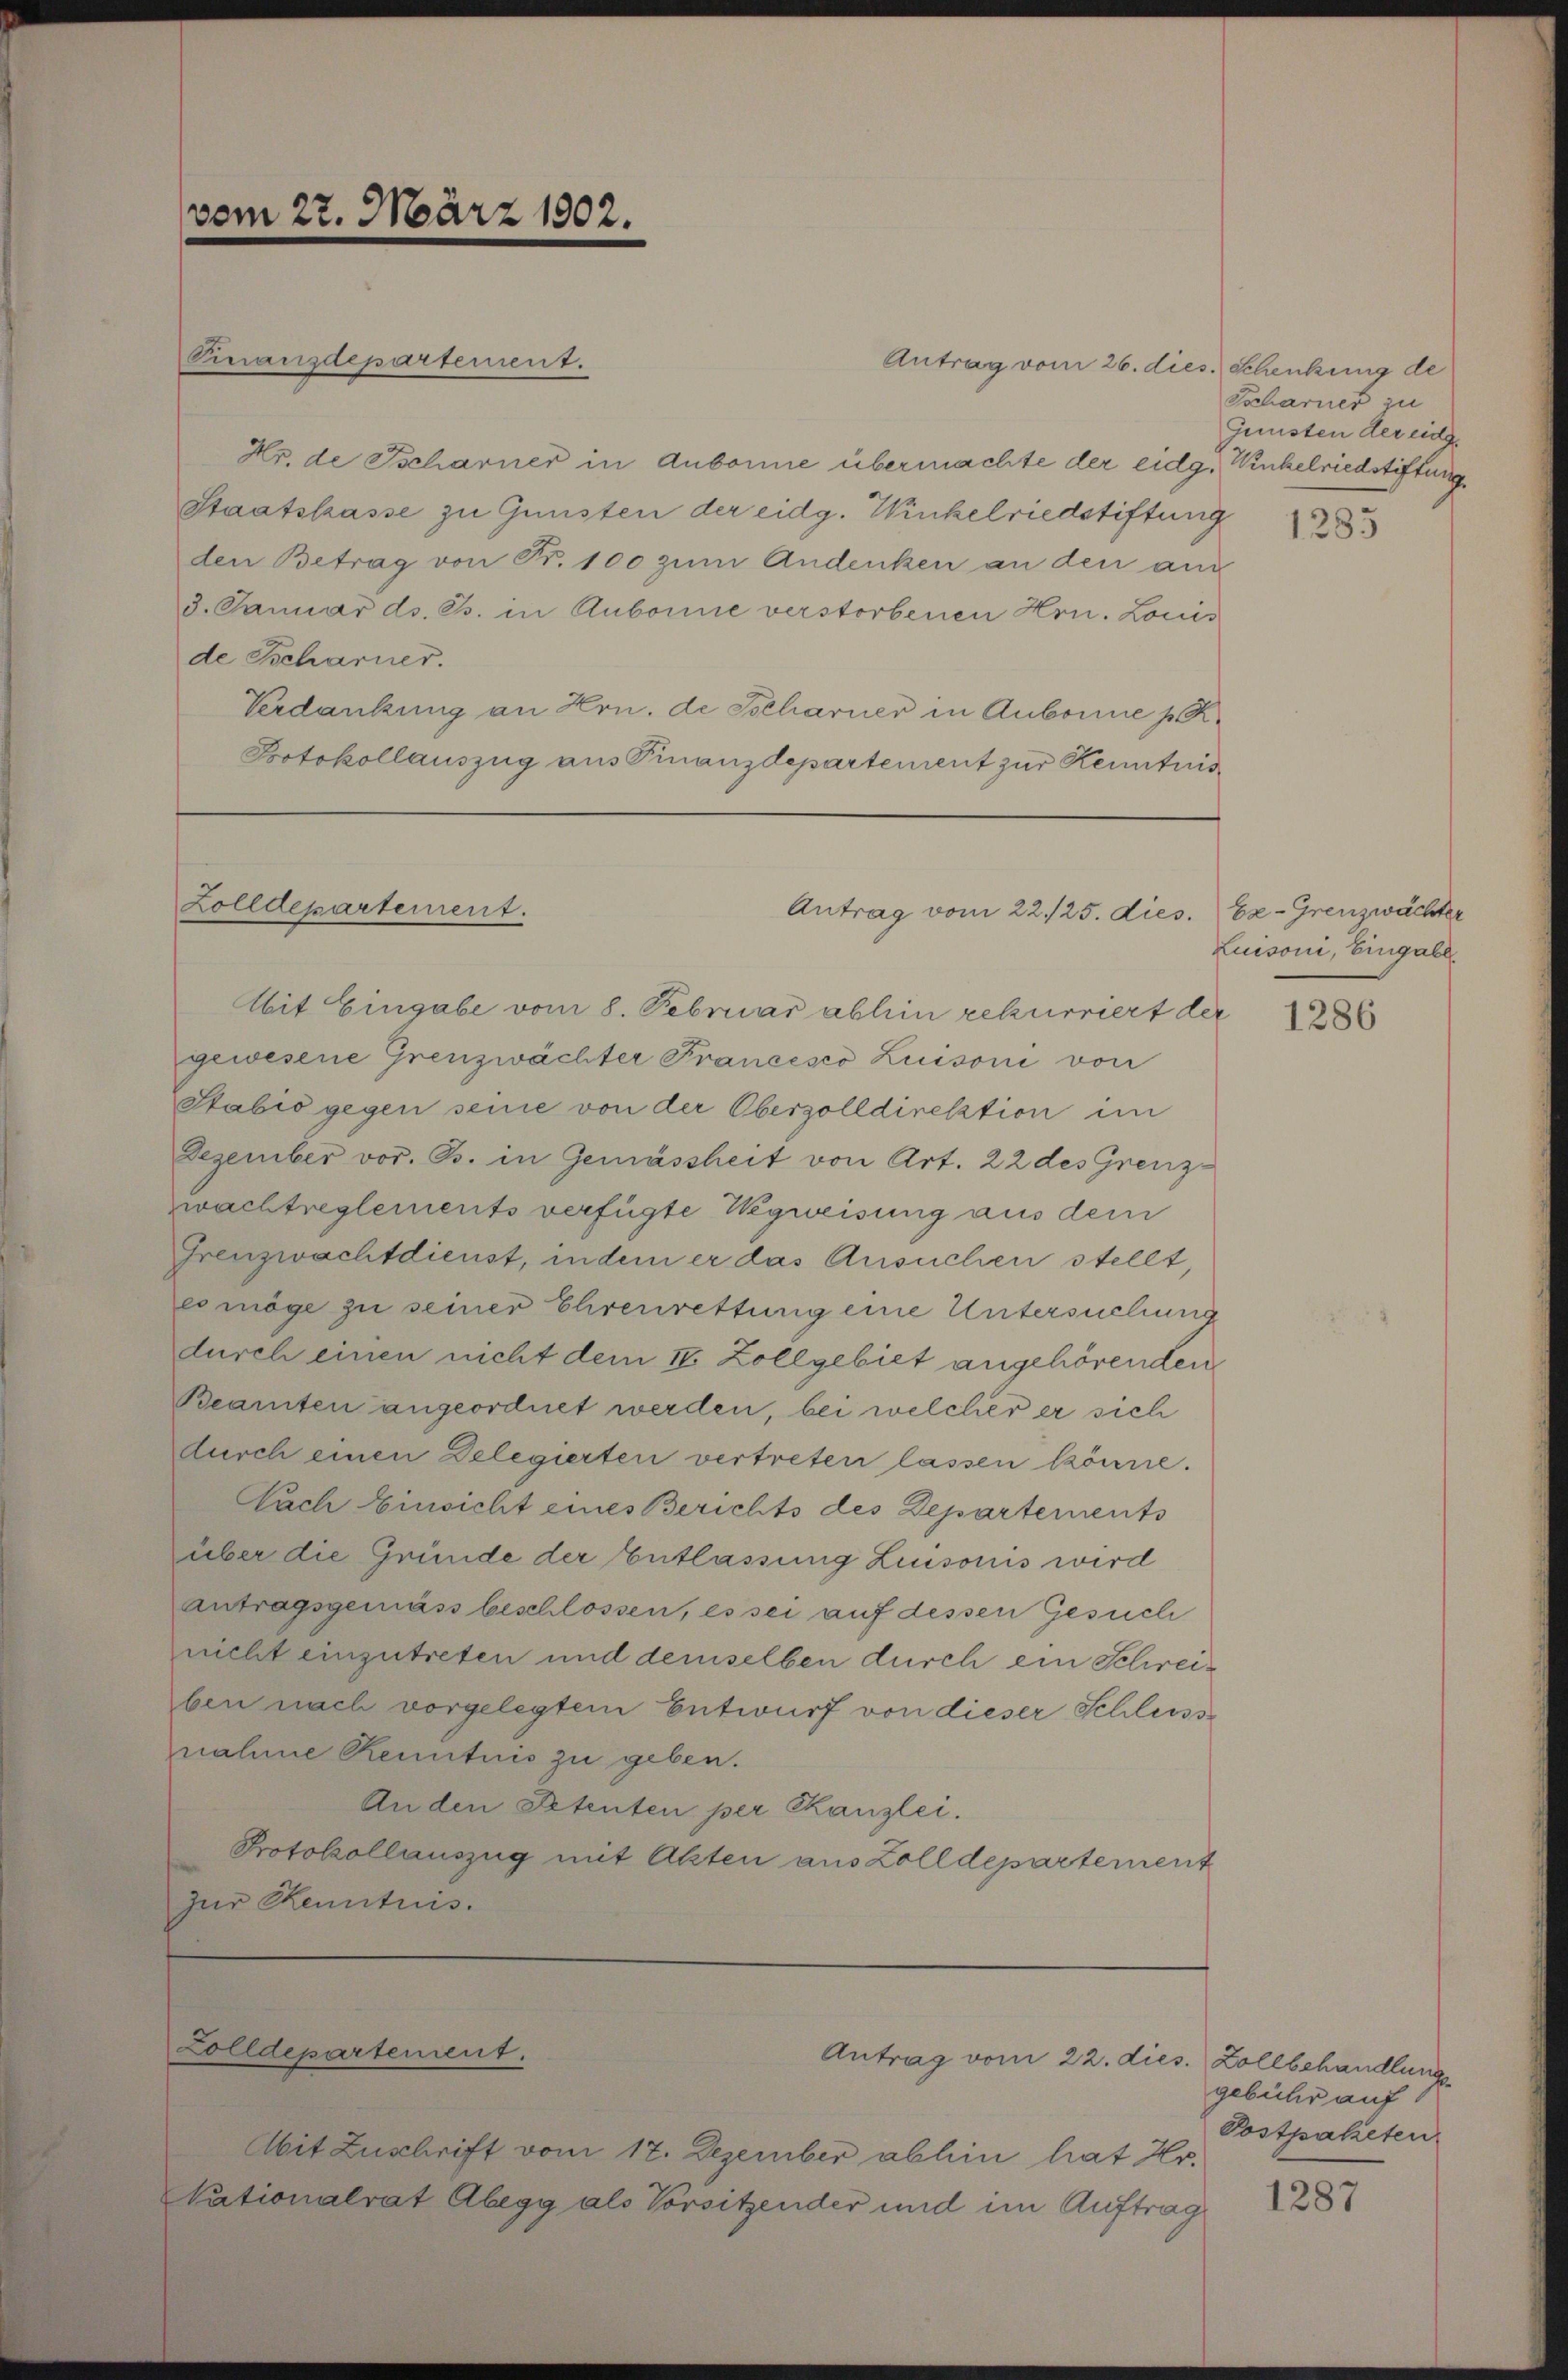
vom 27. März 1802.

Finanzdepartement.
Antrag vom 26. dies. Schenkung de
Hr. de Tscharner in Aubonne übermachte der eidg. Winkelriedstiftung
Staatskasse zu Gunsten der eidg. Winkelriedstiftung
den Betrag von Fr. 100 zŭm Andenken an den an
3. Januar ds. Gs. in Aubonne verstorbenen Hrn. Louis
de Tscharner.
Verdankung an Hrn. de Scharner in Aubonne p. K.
Protokollauszug aus Finanzdepartement zur Kenntnis

Zolldepartement.

Ait Eingabe vom 8. Februar abhin rekurriert der
gewesene Grenzwächter Francesco Luisoni von
Stabis gegen seine von der Oberzolldirektion im
Dezember vor. Js. in Gemässheit von Art. 22 des Grenzzwachtreglements verfügte Wegweisung aus dem
Grenzwachtdienst, indem er das Ansuchen stellt,
eo möge zu seiner Ehrenrettung eine Untersuchung
durch einen nicht dem 18. Zollgebiet angehörenden
Beamten angeordnet werden, bei welcher er sich
durch einen Delegierten vertreten lassen könne.
Nach Einsicht eines Berichts des Departements
über die Gründe der Entlassung Liusoris wird
antragsgemäss beschlossen, es sei auf dessen Gesuch
nicht einzutreten und demselben durch ein Schreiben nach vorgelegtem Entwurf von dieser Schliess
nahme Kenntnis zu geben.
An den Petenten per Kanzlei.
Protokollauszug mit Akten aus Zolldepartement
zur Kenntnis.

Colldepartement.

Antrag vom 22./25. dies. Ex- Grenzwächter

Antrag vom 22. dies. Zollbehandlung

Abit Zuschrift vom 17. Dezember abhin hat Hr.
Nationalrat Abegg als Vorsitzender und im Auftrag

Tscharner zu
Gunsten der eidg

1285

Luisoni, Eingabe

1286

gebühr auf
Postpaketen

1287